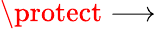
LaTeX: \protect\longrightarrow